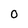
Character: 0